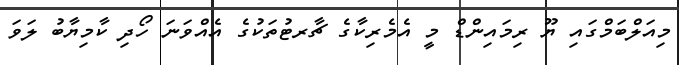
މިއަލްބަމްގައި ޔޫ ރިމައިންޑް މީ އެމެރިކާގެ ޗާރޓުތަކުގެ އެއްވަނަ ހޯދި ކާމިޔާބު ލަވަ